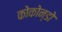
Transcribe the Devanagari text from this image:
कोकोन्डो